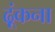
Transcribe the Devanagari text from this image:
ढ़ूंकना